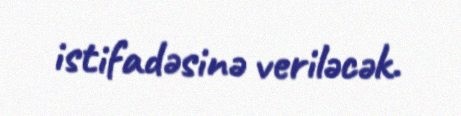
istifadəsinə veriləcək.